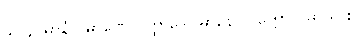
၉၁၄။ မာနံ ပမာဏေ ပတ္ထာဒေါ၊ မာနော ဝုတ္တော ဝိဓာယ စ။